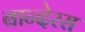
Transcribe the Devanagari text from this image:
बान्देरस